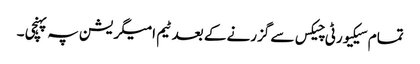
تمام سیکیورٹی چیکس سے گزرنے کے بعد ٹیم امیگریشن پہ پہنچی ۔